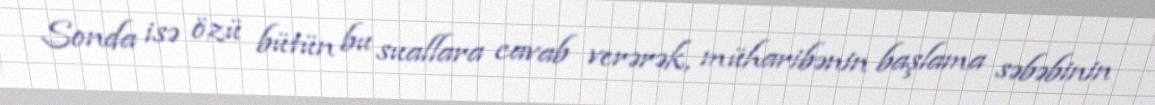
Sonda isə özü bütün bu suallara cavab verərək, müharibənin başlama səbəbinin